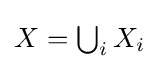
{\textstyle X=\bigcup _{i}X_{i}}